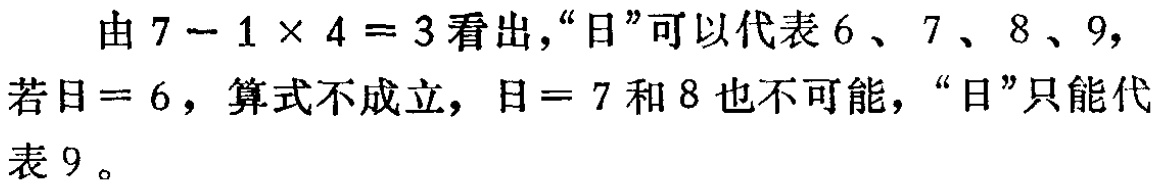
由\(7 - 1\times 4 = 3\)看出，“日”可以代表\(6\)、\(7\)、\(8\)、\(9\)，若日\(= 6\)，算式不成立，日\(= 7\)和\(8\)也不可能，“日”只能代表\(9\)。